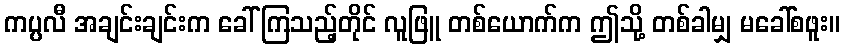
ကပ္ပလီ အချင်းချင်းက ခေါ်ကြသည့်တိုင် လူဖြူ တစ်ယောက်က ဤသို့ တစ်ခါမျှ မခေါ်စဖူး။